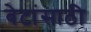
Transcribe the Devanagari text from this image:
बेटांसाठी